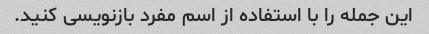
این جمله را با استفاده از اسم مفرد بازنویسی کنید.